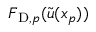
\boldsymbol { F } _ { \mathrm { D } , p } ( \tilde { \boldsymbol { u } } ( \boldsymbol { x } _ { p } ) )